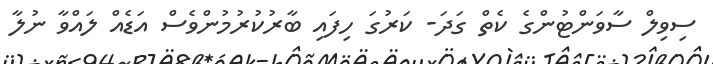
ސިވިލް ސާވަންޓުންގެ ކެތް ގަދަ- ކަރުގަ ހިފައި ބާރުކުރުމުންވެސް އަޑެއް ލައްވާ ނުލާ